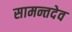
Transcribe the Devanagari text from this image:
सामन्तदेव